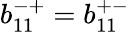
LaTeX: b_{11}^{-+}=b_{11}^{+-}